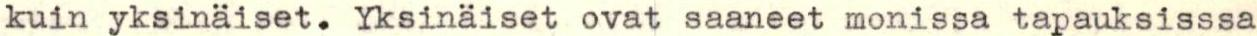
kuin yksinäiset. Yksinäiset ovat saaneet monissa tapauksisssa